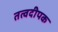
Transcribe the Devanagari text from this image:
तत्वदीपक